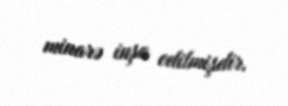
minarə inşa edilmişdir.